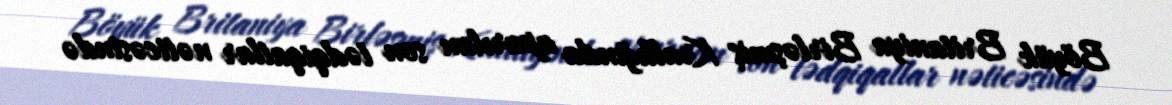
Böyük Britaniya Birləşmiş Krallığında aparılan son tədqiqatlar nəticəsində